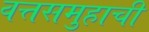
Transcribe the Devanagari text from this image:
वत्तसमुहाची